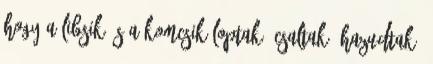
hogy a libsik és a komcsik loptak, csaltak, hazudtak.